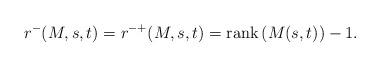
LaTeX: \begin{align*}r^-(M,s,t) = r^{-+}(M,s,t) = \mathrm{rank}\left( M(s,t)\right)-1.\end{align*}